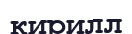
кирилл